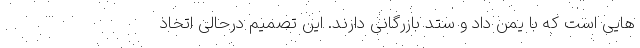
هایی است که با یمن داد و ستد بازرگانی دارند. این تصمیم درحالی اتخاذ